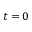
t = 0